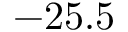
- 2 5 . 5